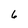
Character: 6